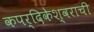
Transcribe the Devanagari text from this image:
कपर्दिकेश्वराची